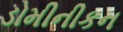
ડોમીનીકન